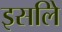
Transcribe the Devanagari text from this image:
इसलिे